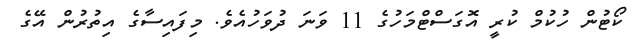
ކޯޓުން ހުކުމް ކުރީ އޮގަސްޓްމަހުގެ 11 ވަނަ ދުވަހުއެވެ. މިފައިސާގެ އިތުރުން އޭގެ